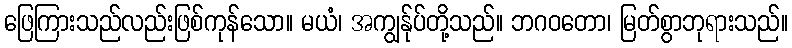
ဖြေကြားသည်လည်းဖြစ်ကုန်သော။ မယံ၊ အကျွန်ုပ်တို့သည်။ ဘဂဝတော၊ မြတ်စွာဘုရားသည်။